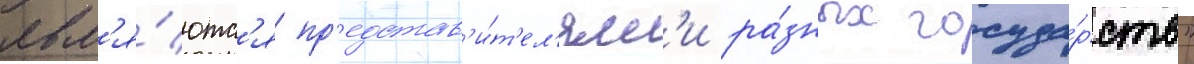
явл'я́ютс'я пр'едстав'и́т'ел'ям'и ра́зных госуда́рств"